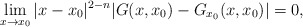
\begin{align*}\lim_{x\to x_0} |x-x_0|^{2-n} |G(x,x_0)-G_{x_0}(x,x_0)|=0,\end{align*}